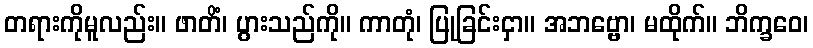
တရားကိုမူလည်း။ ဖာတိံ၊ ပွားသည်ကို။ ကာတုံ၊ ပြုခြင်းငှာ။ အဘဗ္ဗော၊ မထိုက်။ ဘိက္ခဝေ၊